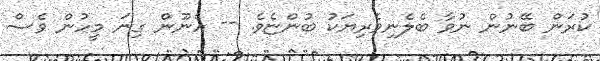
ކުރަން ބޭނުން ނުވާ ބެލެނިވެރިޔަކު ބުންޏެވެ. -- އެނޫން ގިނަ މީހުން ވެސް